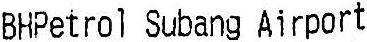
BHPETROL SUBANG AIRPORT